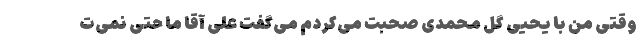
وقتی من با یحیی گل محمدی صحبت می‌کردم می‌گفت علی آقا ما حتی نمی‌ت